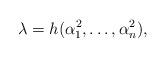
LaTeX: \begin{align*}\lambda = h(\alpha_1^2,\ldots,\alpha_n^2),\end{align*}